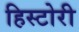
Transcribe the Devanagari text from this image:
हिस्टोरी